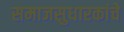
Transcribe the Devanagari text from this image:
समाजसुधारकांचे